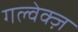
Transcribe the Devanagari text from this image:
गल्वेक्ज़